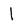
Character: 1